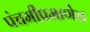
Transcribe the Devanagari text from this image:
पंचमीप्रमाणेच